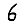
Digit: 6